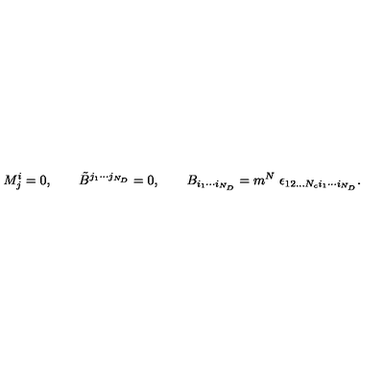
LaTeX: M _ { j } ^ { i } = 0 , \qquad \tilde { B } ^ { j _ { 1 } \cdots j _ { N _ { D } } } = 0 , \qquad B _ { i _ { 1 } \cdots i _ { N _ { D } } } = m ^ { N } \ \epsilon _ { 1 2 . . . N _ { c } i _ { 1 } \cdots i _ { N _ { D } } } .